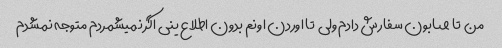
من  تا صابون سفارش دادم ولی  تا اوردن اونم بدون اطلاع ینی اگر نمیشمردم متوجه نمشدم